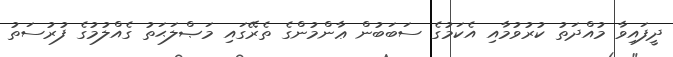
ދީފައިވާ މުއްދަތު ކުރުވުމާއި އެކަމުގެ ސަބަބުން ޢާންމުންގެ ތެރޭގައި މަޞްލަޙަތު ގެއްލުމުގެ ފުރުސަތު